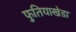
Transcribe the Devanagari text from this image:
फुतियाखेडा